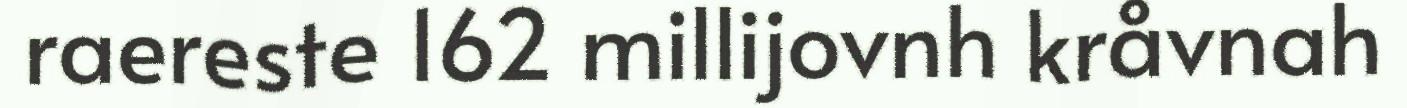
raereste 162 millijovnh kråvnah